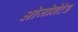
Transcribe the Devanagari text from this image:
ओजोनेटेड